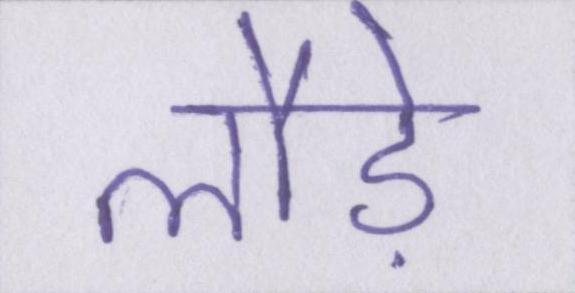
लौड़े